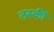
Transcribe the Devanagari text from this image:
तस्कीं